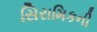
સિરામિકની